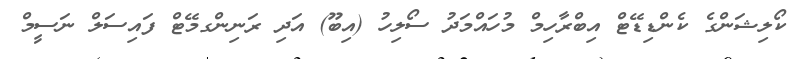
ކޯލިޝަންގެ ކެންޑިޑޭޓް އިބްރާހިމް މުހައްމަދު ސޯލިހު (އިބޫ) އަދި ރަނިންގމޭޓް ފައިސަލް ނަސީމް